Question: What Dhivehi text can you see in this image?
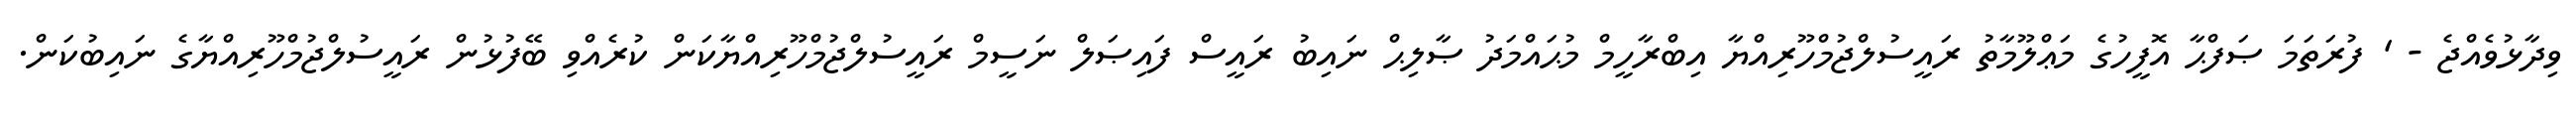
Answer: ވިދާޅުވެއްޖެ - ' ފުރަތަމަ ޞަފްޙާ އޮފީހުގެ މަޢްލޫމާތު ރައީސުލްޖުމްހޫރިއްޔާ އިބްރާހީމް މުޙައްމަދު ޞާލިޙް ނައިބު ރައީސް ފައިޞަލް ނަސީމް ރައީސުލްޖުމްހޫރިއްޔާކަން ކުރެއްވި ބޭފުޅުން ރައީސުލްޖުމްހޫރިއްޔާގެ ނައިބުކަން.